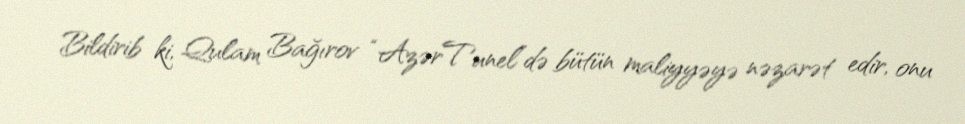
Bildirib ki, Qulam Bağırov “AzərTunel”də bütün maliyyəyə nəzarət edir, onu